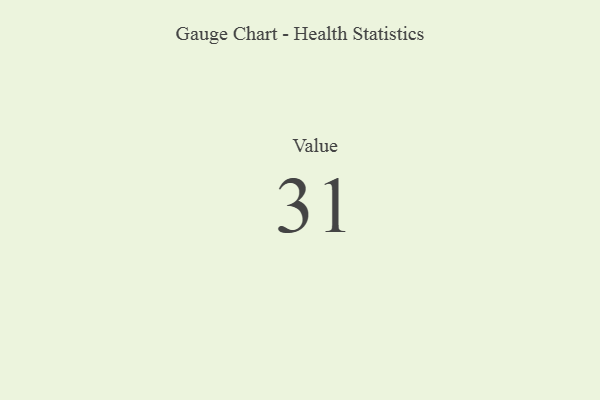
{"axis": {"x": "Metric", "y": "Value"}, "legend": [""], "data": [{"x": "Value", "y": 31, "type": ""}]}